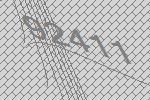
92411